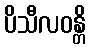
ပိသီလဝန္တိ